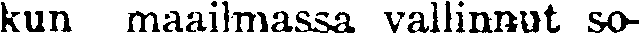
kun maailmassa vallinnut so-